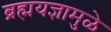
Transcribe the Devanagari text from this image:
ब्रह्मयज्ञामुळे